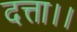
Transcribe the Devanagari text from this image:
दत्ता।।